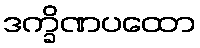
ဒက္ခိဏပထော